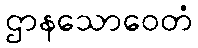
ဌာနသောဝေတံ